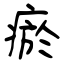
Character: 瘀